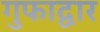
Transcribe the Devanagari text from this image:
गुफाद्वार